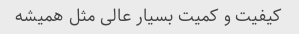
کیفیت و کمیت بسیار عالی مثل همیشه